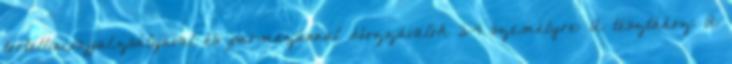
tortellini,vajjal,zsályával és parmezánnal Hozzávalók 3-4 személyre: A tésztához: A